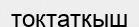
токтатқыш